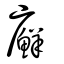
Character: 廯